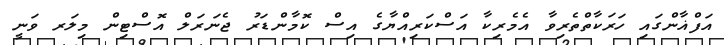
އަފްޣާންގައި ހަރަކާތްތެރިވާ އެމެރިކާ އަސްކަރިއްޔާގެ އިސް ކޮމާންޑަރު ޖެނަރަލް އޮސްޓިން މިލަރ ވަނީ